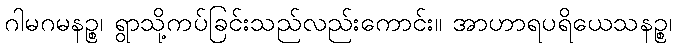
ဂါမဂမနဉ္စ၊ ရွာသို့ကပ်ခြင်းသည်လည်းကောင်း။ အာဟာရပရိယေသနဉ္စ၊